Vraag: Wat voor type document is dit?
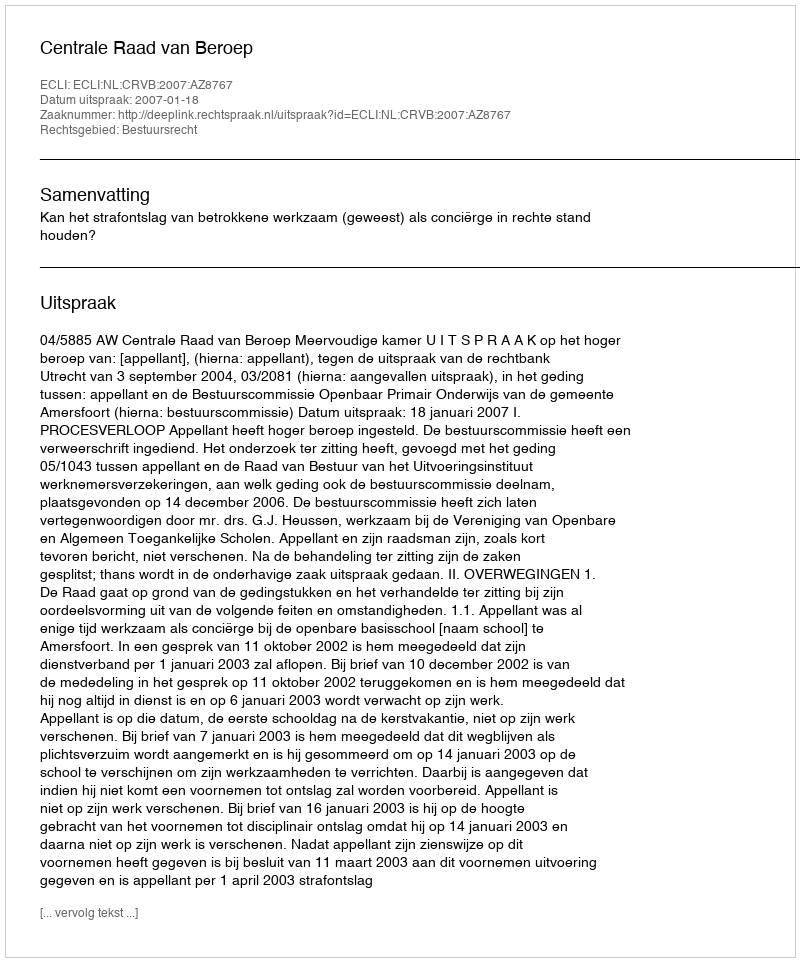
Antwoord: Uitspraak